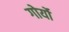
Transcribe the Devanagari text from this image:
गोर्यो